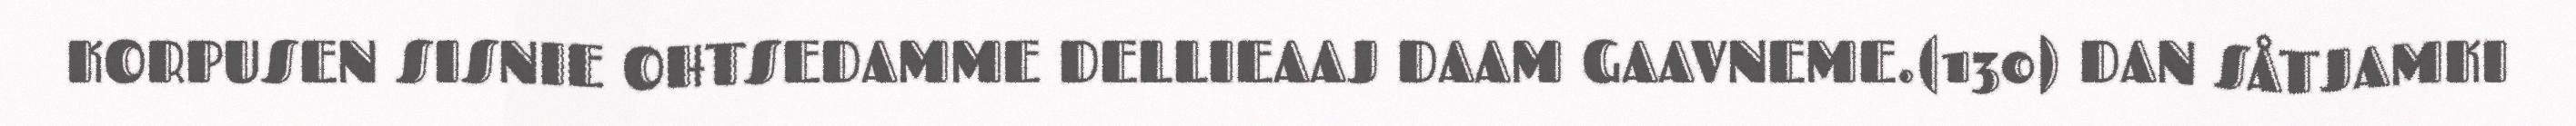
KORPUSEN SISNIE OHTSEDAMME DELLIEAAJ DAAM GAAVNEME.(130) DAN SÅTJAMKI